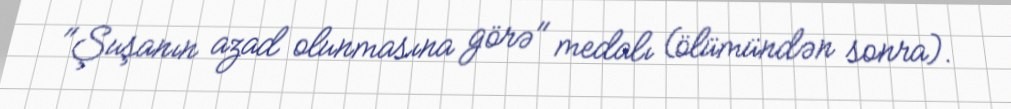
"Şuşanın azad olunmasına görə" medalı (ölümündən sonra).